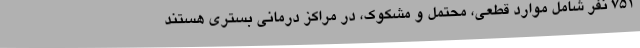
751 نفر شامل موارد قطعی، محتمل و مشکوک، در مراکز درمانی بستری هستند